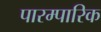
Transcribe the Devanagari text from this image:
पारम्पारिक